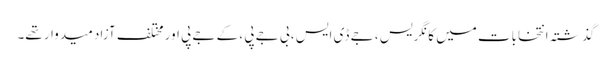
گذشتہ انتخابات میں کانگریس ، جے ڈی ایس ، بی جے پی ، کے جے پی اور مختلف آزاد میدوار تھے۔